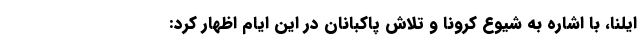
ایلنا، با اشاره به شیوع کرونا و تلاش پاکبانان در این ایام اظهار کرد: